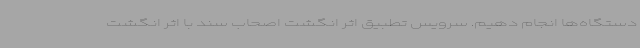
دستگاه‌ها انجام دهیم. سرویس تطبیق اثر انگشت اصحاب سند با اثر انگشت